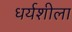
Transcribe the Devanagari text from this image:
धर्यशीला